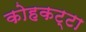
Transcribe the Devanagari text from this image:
कोहकट्टा